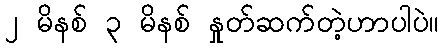
၂ မိနစ် ၃ မိနစ် နှုတ်ဆက်တဲ့ဟာပါပဲ။